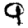
Digit: 9